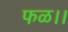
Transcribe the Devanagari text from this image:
फळ।।